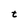
Character: t